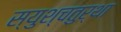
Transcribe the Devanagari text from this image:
स्युश्चतुर्था